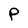
Character: P